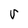
Character: v